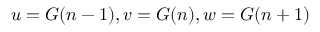
u = G ( n - 1 ) , v = G ( n ) , w = G ( n + 1 )